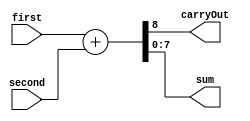
module add(first, second, carryOut, sum);
	input[7:0] first, second;
	output [7:0] sum;
	output carryOut;

	assign{carryOut, sum} = first+second;
endmodule